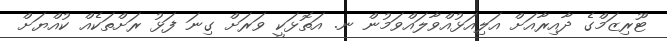
ޓޫރިޒަމްގެ ދާއިރާއަށް އަލިއަޅުއްވާލައްވަމުން ނ. އަތޮޅަކީ ވަރަށް ގިނަ ފަޅު ރަށްތަކެއް ކުއްޔަށް